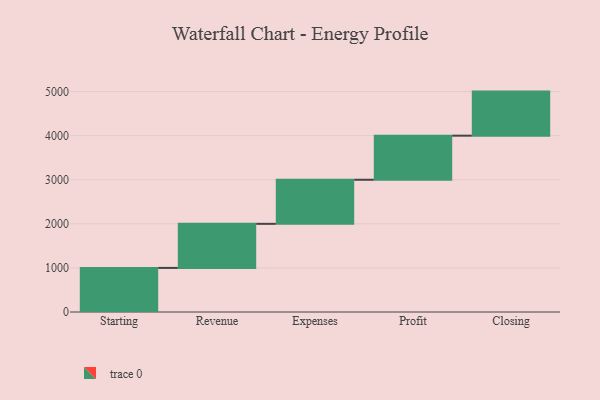
{"axis": {"x": "Step", "y": "Value"}, "legend": [""], "data": [{"x": "Starting", "y": 1000, "type": ""}, {"x": "Revenue", "y": 1000, "type": ""}, {"x": "Expenses", "y": 1000, "type": ""}, {"x": "Profit", "y": 1000, "type": ""}, {"x": "Closing", "y": 1000, "type": ""}]}